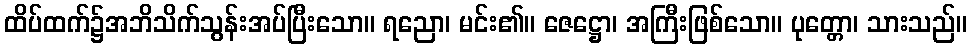
ထိပ်ထက်၌အဘိသိက်သွန်းအပ်ပြီးသော။ ရညော၊ မင်း၏။ ဇေဋ္ဌော၊ အကြီးဖြစ်သော။ ပုတ္တော၊ သားသည်။